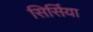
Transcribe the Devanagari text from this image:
सिर्सिया